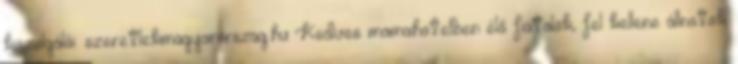
kiszolgálói. szeretlekmagyarorszag.hu Kedves mamahotelben élő fiatalok, fel kellene állnotok